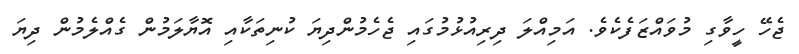
ޖެހޭ ހީވާގި މުވައްޒަފެކެވެ. އަމިއްލަ ދިރިއުޅުމުގައި ޖެހެމުންދިޔަ ކުނިތަކާއި އޮޔާލަމުން ގެއްލެމުން ދިޔަ